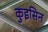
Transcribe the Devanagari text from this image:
कुइसिन